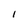
Character: l